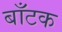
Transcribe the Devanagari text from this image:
बाँटक